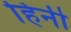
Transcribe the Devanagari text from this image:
हिनी